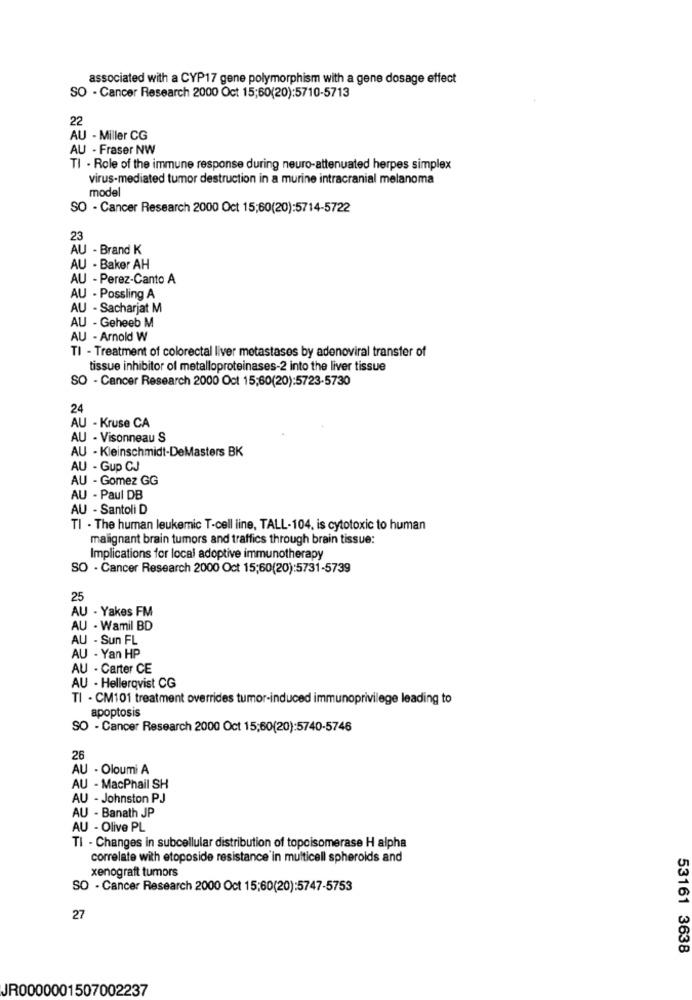
associated with a CYP17 gene polymorphism with a gene dosage effect
SO - Cancer Research 2000 Oct 15;60(20):5710-5713
22
AU - Miller CG
AU - Fraser NW
TI - Role of the immune response during neuro-attenuated herpes simplex
virus-mediated tumor destruction in a murine intracranial melanoma
model
SO - Cancer Research 2000 Oct 15;60(20):5714-5722
23
AU - Brand K
AU - Baker AH
AU - Perez-Canto A
AU - Possling A
AU - Sacharjat M
AU - Geheeb M
AU - Arnold W
TI - Treatment of colorectal liver metastases by adenoviral transfer of
tissue inhibitor of metalloproteinases-2 into the liver tissue
SO - Cancer Research 2000 Oct 15;60(20):5723-5730
24
AU - Kruse CA
AU - Visonneau S
AU - Kleinschmidt-DeMasters BK
AU - Gup CJ
AU - Gomez GG
AU - Paul DB
AU - Santoli D
TI - The human leukemic T-cell line, TALL-104, is cytotoxic to human
malignant brain tumors and traffics through brain tissue:
Implications for local adoptive immunotherapy
SO - Cancer Research 2000 Oct 15;60(20):5731-5739
25
AU - Yakes FM
AU - Wamil BD
AU - Sun FL
AU - Yan HP
AU - Carter CE
AU - Hellerqvist CG
TI - CM101 treatment overrides tumor-induced immunoprivilege leading to
apoptosis
SO - Cancer Research 2000 Oct 15:60(20):5740-5746
26
AU - Oloumi A
AU - MacPhail SH
AU - Johnston PJ
AU - Banath JP
AU - Olive PL
TI - Changes in subcellular distribution of topoisomerase H alpha
correlate with etoposide resistance'in multicell spheroids and
xenograft tumors
SO - Cancer Research 2000 Oct 15;60(20):5747-5753
27
53161 3638
JR0000001507002237